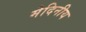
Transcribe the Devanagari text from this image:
मेदिनीय